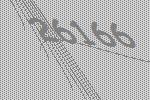
26166